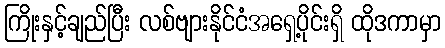
ကြိုးနှင့်ချည်ပြီး လစ်ဗျားနိုင်ငံအရှေ့ပိုင်းရှိ ထိုဒကာမှာ